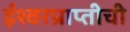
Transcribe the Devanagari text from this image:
ईश्वरप्राप्तीची